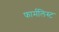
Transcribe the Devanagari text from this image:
फार्मलिस्ट